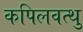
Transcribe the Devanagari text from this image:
कपिलवत्थु